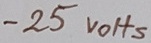
Text: -25VOHS